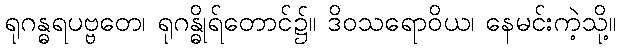
ရုဂန္ဓရပဗ္ဗတေ၊ ရုဂန္ဓိုရ်တောင်၌။ ဒိဝသရောဝိယ၊ နေမင်းကဲ့သို့။